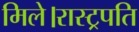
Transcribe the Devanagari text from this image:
मिले।रास्ट्रपति